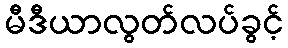
မီဒီယာလွတ်လပ်ခွင့်